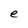
Character: e